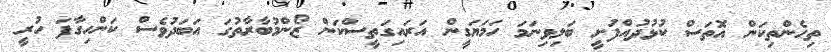
ތިހެންތިކަން އޮތަސް ކުޅުދުއްފުށީ ބަލިވިނަމަ ހަމަޔަގީން އަރައިގަތީސްކަން ޒޯންމުބާރާތުގަ އަބަދުވެސް ކަންހިގާފަ ހުރީ